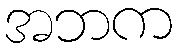
အဘက